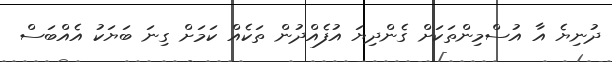
ދުނިޔެ އާ އުސްމިންތަކަށް ގެންދިޔަ އުފެއްދުން ތަކެއް ކަމަށް ގިނަ ބަޔަކު އެއްބަސް